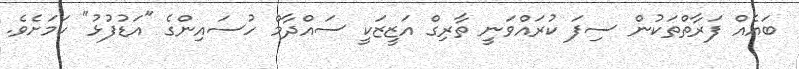
ބައެއް ފަރާތްތަކުން ސިފަ ކުރައްވަނީ ތާރިގް އަޒީޒަކީ ސައްދާމް ހުސައިންގެ "އަޑުފުޅު" ކަމަށެވެ.